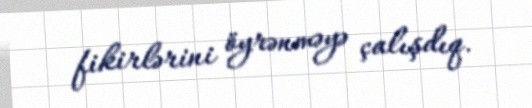
fikirlərini öyrənməyə çalışdıq.